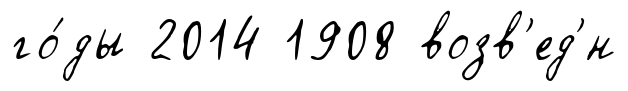
го́ды 2014 1908 возв'ед'́н